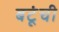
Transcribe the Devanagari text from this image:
बटूंची